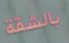
بالشقة